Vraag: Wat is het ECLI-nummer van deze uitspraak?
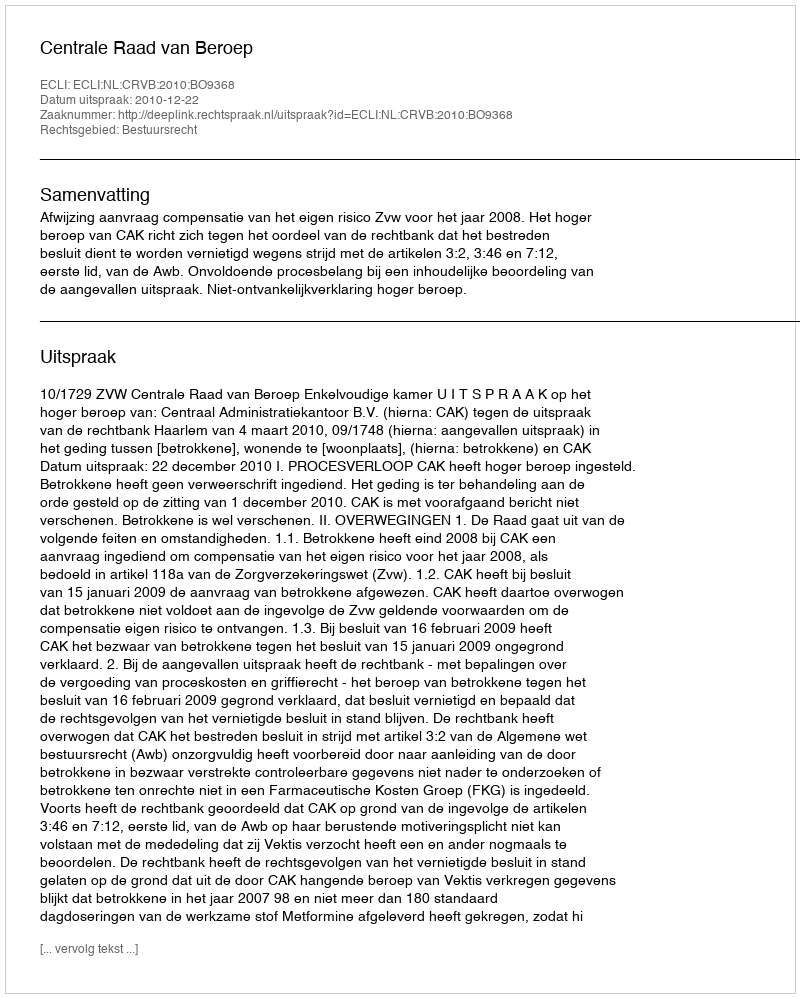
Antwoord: ECLI:NL:CRVB:2010:BO9368